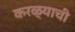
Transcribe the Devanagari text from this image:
करळ्याची